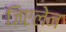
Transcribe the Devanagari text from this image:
जिएलेन